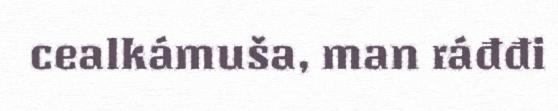
cealkámuša, man ráđđi